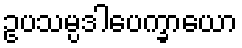
ဥပသမ္ပဒါပေက္ခာယော